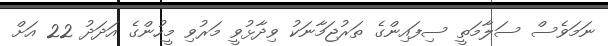
ނަމަވެސް ސަލާމަތީ ސިފައިންގެ ތަރުޖަމާނަކު ވިދާޅުވީ މަރުވި މީހުންގެ އަދަދު 22 އަށް